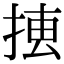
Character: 𢮨